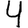
Digit: 4